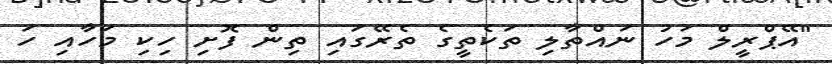
"އޭޕްރީލް މަހު ނައްތާލި ތަކެތީގެ ތެރޭގައި ތިން ފޮށި ހިކި މަހާއި ހަ